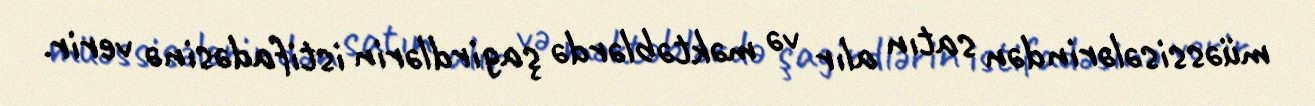
müəssisələrindən satın alır və məktəblərdə şagirdlərin istifadəsinə verir.